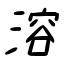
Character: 溶